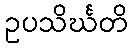
ဥပသိင်္ဃတိ